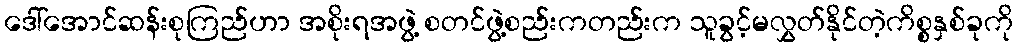
ဒေါ်အောင်ဆန်းစုကြည်ဟာ အစိုးရအဖွဲ့ စတင်ဖွဲ့စည်းကတည်းက သူခွင့်မလွှတ်နိုင်တဲ့ကိစ္စနှစ်ခုကို